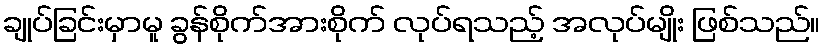
ချုပ်ခြင်းမှာမူ ခွန်စိုက်အားစိုက် လုပ်ရသည့် အလုပ်မျိုး ဖြစ်သည်။